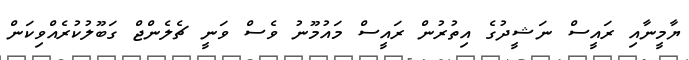
ޔާމީނާއި ރައީސް ނަޝީދުގެ އިތުރުން ރައީސް މައުމޫނު ވެސް ވަނީ ޗެލެންޖް ގަބޫލުކުރެއްވިކަން